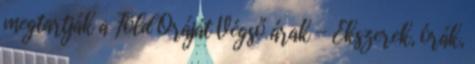
megtartják a Föld Óráját Végső árak - Ékszerek, órák,